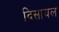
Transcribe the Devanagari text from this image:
दिसायल